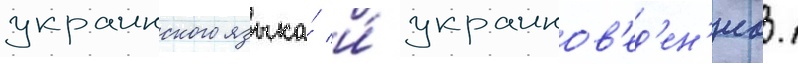
украинского языка́ и́ украинов'ед'ен'иа.